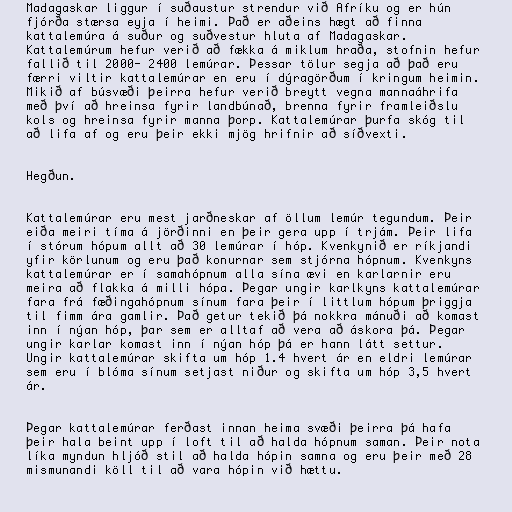
Madagaskar liggur í suðaustur strendur við Afríku og er hún
fjórða stærsa eyja í heimi. Það er aðeins hægt að finna
kattalemúra á suður og suðvestur hluta af Madagaskar.
Kattalemúrum hefur verið að fækka á miklum hraða, stofnin hefur
fallið til 2000- 2400 lemúrar. Þessar tölur segja að það eru
færri viltir kattalemúrar en eru í dýragörðum í kringum heimin.
Mikið af búsvæði þeirra hefur verið breytt vegna mannaáhrifa
með því að hreinsa fyrir landbúnað, brenna fyrir framleiðslu
kols og hreinsa fyrir manna þorp. Kattalemúrar þurfa skóg til
að lifa af og eru þeir ekki mjög hrifnir að síðvexti.

Hegðun.

Kattalemúrar eru mest jarðneskar af öllum lemúr tegundum. Þeir
eiða meiri tíma á jörðinni en þeir gera upp í trjám. Þeir lifa
í stórum hópum allt að 30 lemúrar í hóp. Kvenkynið er ríkjandi
yfir körlunum og eru það konurnar sem stjórna hópnum. Kvenkyns
kattalemúrar er í samahópnum alla sína ævi en karlarnir eru
meira að flakka á milli hópa. Þegar ungir karlkyns kattalemúrar
fara frá fæðingahópnum sínum fara þeir í littlum hópum þriggja
til fimm ára gamlir. Það getur tekið þá nokkra mánuði að komast
inn í nýan hóp, þar sem er alltaf að vera að áskora þá. Þegar
ungir karlar komast inn í nýan hóp þá er hann látt settur.
Ungir kattalemúrar skifta um hóp 1.4 hvert ár en eldri lemúrar
sem eru í blóma sínum setjast niður og skifta um hóp 3,5 hvert
ár.

Þegar kattalemúrar ferðast innan heima svæði þeirra þá hafa
þeir hala beint upp í loft til að halda hópnum saman. Þeir nota
líka myndun hljóð stil að halda hópin samna og eru þeir með 28
mismunandi köll til að vara hópin við hættu.